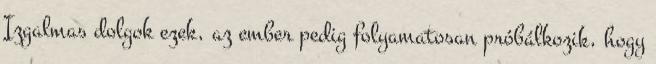
Izgalmas dolgok ezek, az ember pedig folyamatosan próbálkozik, hogy